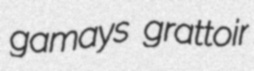
gamays grattoir